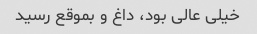
خیلی عالی بود، داغ و بموقع رسید